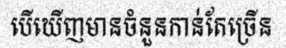
បើឃើញមានចំនួនកាន់តែច្រើន